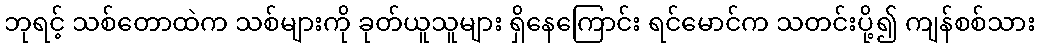
ဘုရင့် သစ်တောထဲက သစ်များကို ခုတ်ယူသူများ ရှိနေကြောင်း ရင်မောင်က သတင်းပို့၍ ကျန်စစ်သား